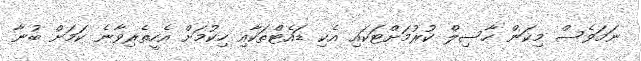
ނަމަވެސް މިކަން ހާސިލް ކުރުމަށްޓަކައި އެކި ޑައެޓްތަކާއި ހިކުމަށް އެހީތެރިވާނެ ކަމަށް ބުނާ